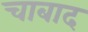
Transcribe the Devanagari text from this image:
चाबाद